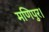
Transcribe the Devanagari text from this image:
मणिपुर।